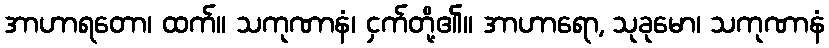
အာဟာရတော၊ ထက်။ သကုဏာနံ၊ ငှက်တို့၏။ အာဟာရော, သုခုမော၊ သကုဏာနံ